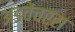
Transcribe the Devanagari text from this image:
अडवेंचर्स